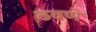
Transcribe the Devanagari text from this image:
ठवणे